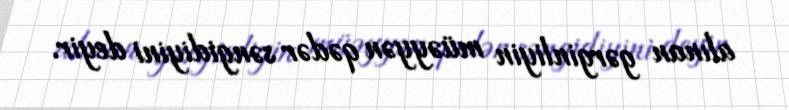
alınan gərginliyin müəyyən qədər səngidiyini deyir.